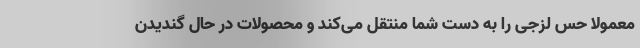
معمولا حس لزجی را به دست شما منتقل می‌کند و محصولات در حال گندیدن